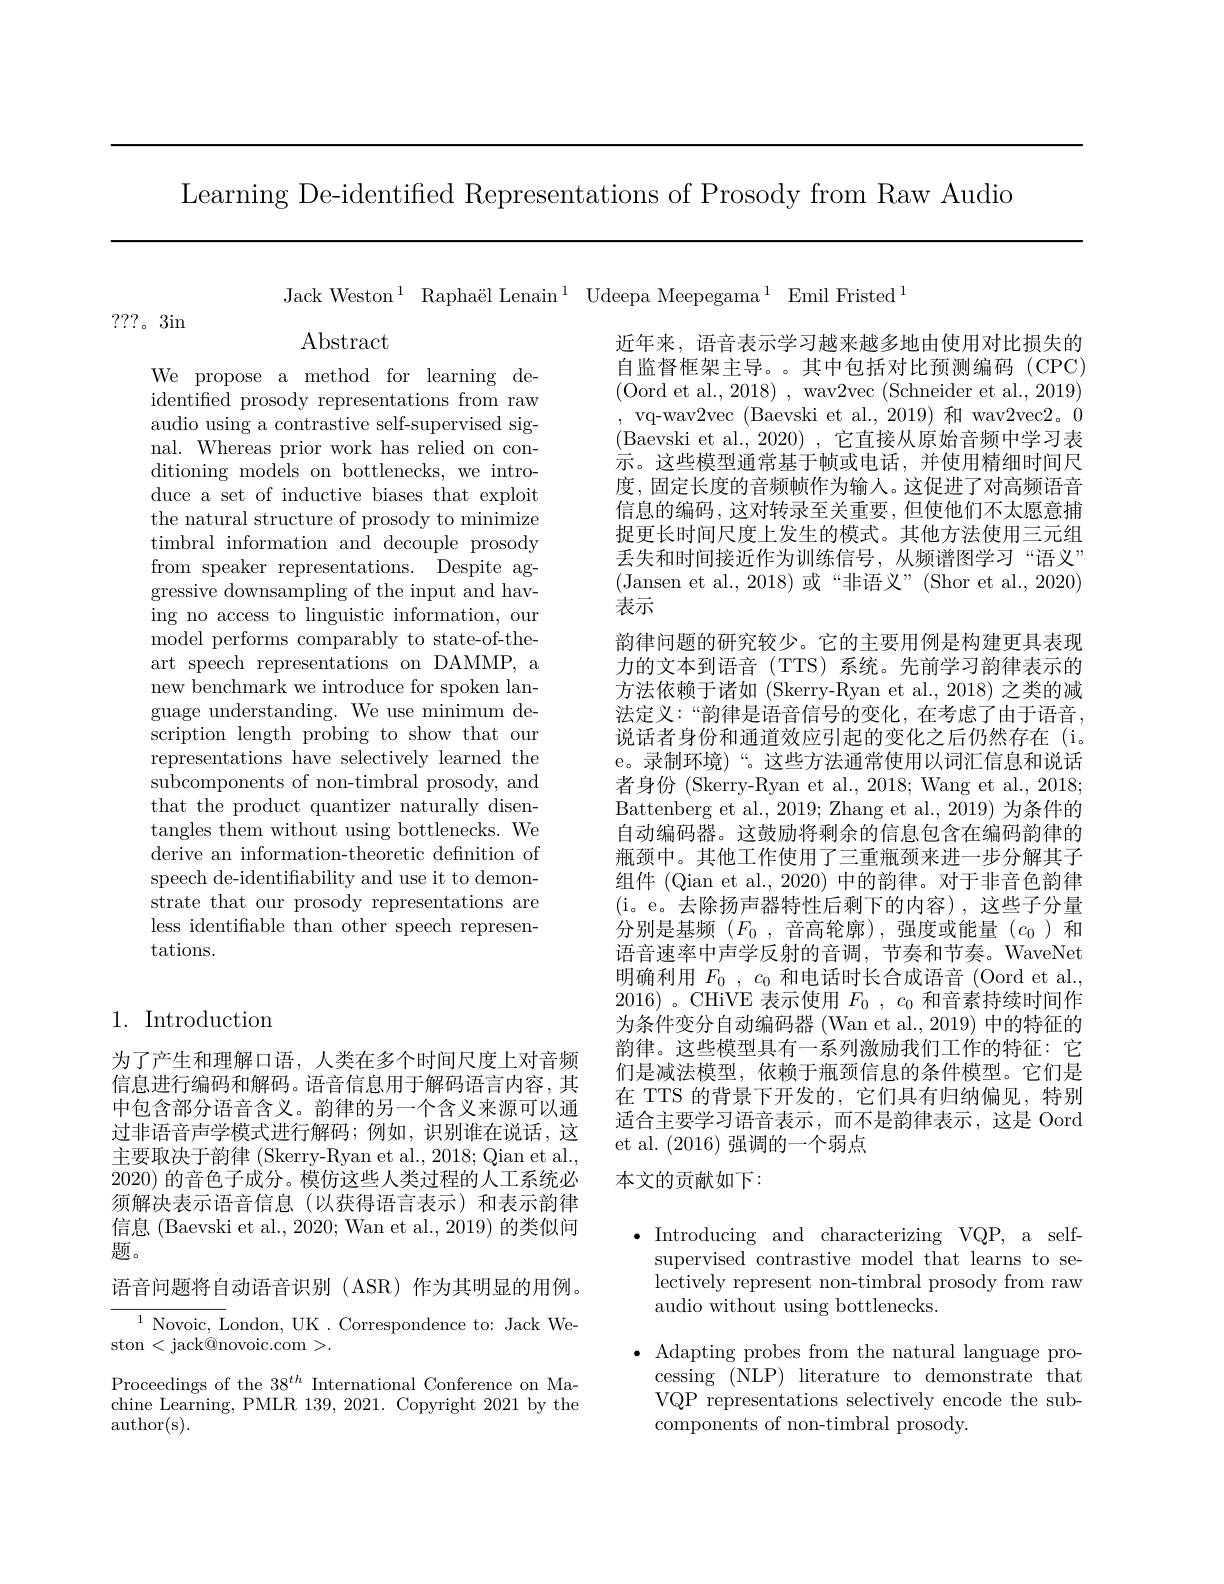
Learning De-identified Representations of Prosody from Raw Audio

Jack Weston$^1$ Raphaël Lenain$^1$ Udeepa Meepegama$^1$ Emil Fristed$^1$

???。3in

Abstract

We propose a method for learning deidentified prosody representations from raw audio using a contrastive self-supervised signal. Whereas prior work has relied on conditioning models on bottlenecks, we introduce a set of inductive biases that exploit the natural structure of prosody to minimize timbral information and decouple prosody from speaker representations. Despite aggressive downsampling of the input and having no access to linguistic information, our model performs comparably to state-of-theart speech representations on DAMMP, a new benchmark we introduce for spoken language understanding. We use minimum description length probing to show that our representations have selectively learned the subcomponents of non-timbral prosody, and that the product quantizer naturally disentangles them without using bottlenecks. We derive an information-theoretic definition of speech de-identiffability and use it to demonstrate that our prosody representations are less identifiable than other speech representations.

近年来，语音表示学习越来越多地由使用对比损失的自监督框架主导。。其中包括对比预测编码(CPC) (Oord et al., 2018) , wav2vec (Schneider et al., 2019) , vq-wav2vec (Baevski et al.,2019)和 wav2vec2。0 (Baevski et al., 2020) , 它直接从原始音频中学习表示。这些模型通常基于帧或电话，并使用精细时间尺度，固定长度的音频帧作为输入。这促进了对高频语音信息的编码，这对转录至关重要，但使他们不太愿意捕捉更长时间尺度上发生的模式。其他方法使用三元组丢失和时间接近作为训练信号，从频谱图学习“语义” (Jansen et al.,2018)或“非语义”(Shor et al.,2020) 表示
韵律问题的研究较少。它的主要用例是构建更具表现力的文本到语音 (TTS)系统。先前学习韵律表示的方法依赖于诸如 (Skerry-Ryan et al.,2018) 之类的减法定义：“韵律是语音信号的变化，在考虑了由于语音， 说话者身份和通道效应引起的变化之后仍然存在 (i。e。录制环境)“。这些方法通常使用以词汇信息和说话${\text{者身份 (Skerry-Ryan et al.,2018;Wang et al.,2018;}}$ Battenberg et al., 2019; Zhang et al., 2019) 为条件的自动编码器。这鼓励将剩余的信息包含在编码韵律的瓶颈中。其他工作使用了三重瓶颈来进一步分解其子组件 (Qian et al., 2020) 中的韵律。对于非音色韵律(i。e。去除扬声器特性后剩下的内容),这些子分量分别是基频($F_0$,音高轮廓),强度或能量($c_0$)和语音速率中声学反射的音调，节奏和节奏。WaveNet 明确利用$F_0,c_0$和电话时长合成语音 (Oord et al., 2016)。CHiVE 表示使用$F_0,c_0$和音素持续时间作为条件变分自动编码器 (Wan et al., 2019) 中的特征的韵律。这些模型具有一系列激励我们工作的特征：它们是减法模型，依赖于瓶颈信息的条件模型。它们是在 TTS 的背景下开发的，它们具有归纳偏见，特别适合主要学习语音表示，而不是韵律表示，这是 Oord et al. (2016)强调的一个弱点
本文的贡献如下：

## 1. Introduction

为了产生和理解口语，人类在多个时间尺度上对音频信息进行编码和解码。语音信息用于解码语言内容，其中包含部分语音含义。韵律的另一个含义来源可以通过非语音声学模式进行解码；例如，识别谁在说话，这主要取决于韵律 (Skerry-Ryan et al., 2018; Qian et al., 2020)的音色子成分。模仿这些人类过程的人工系统必须解决表示语音信息(以获得语言表示)和表示韵律信息 (Baevski et al., 2020; Wan et al., 2019) 的类似问题。
语音问题将自动语音识别(ASR)作为其明显的用例。${^{1}\text{Novoic, London, UK. Correspondence to: Jack We-}}$ ston<jack@novoic.com>.
Proceedings of the 38$^th$ International Conference on Machine Learning, PMLR 139, 2021. Copyright 2021 by the author(s).

$\bullet$ Introducing and characterizing VQP, a self-
supervised contrastive model that learns to selectively represent non-timbral prosody from raw audio without using bottlenecks.

$\bullet$ Adapting probes from the natural language pro-
cessing (NLP) literature to demonstrate that VQP representations selectively encode the subcomponents of non-timbral prosody